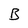
Character: B